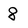
Character: 8